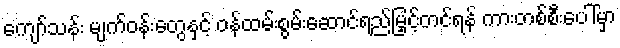
ကျော်သန်း မျက်ဝန်းတွေနှင့် ဝန်ထမ်းစွမ်းဆောင်ရည်မြှင့်တင်ရန် ကားတစ်စီးပေါ်မှာ